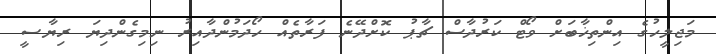
މަޖިލީހުގެ އިންތިޚާބަށް ވޯޓް ކަރުދާސް ޗާޕު ކޮށްދޭނެ ފަރާތެއް ހޯދަމުންދާއިރު ނިމިގެންދިޔަ ރިޔާސީ